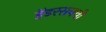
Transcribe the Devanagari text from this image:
हेंडरसनची